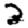
Digit: 2